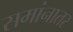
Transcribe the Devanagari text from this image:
समांनातर